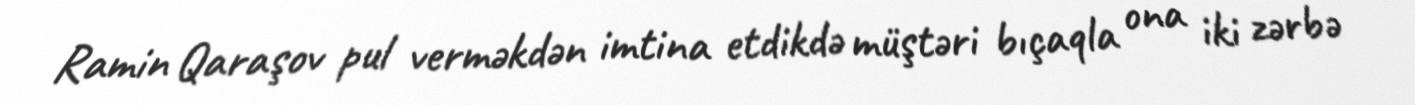
Ramin Qaraşov pul verməkdən imtina etdikdə müştəri bıçaqla ona iki zərbə